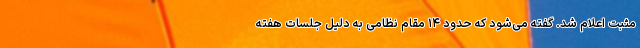
مثبت اعلام شد. گفته می‌شود که حدود ۱۴ مقام نظامی به دلیل جلسات هفته